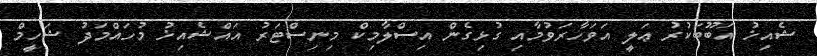
ޝެއިޚު އަބޫބަކުރު ޢަލީ އަވަހާރަވުމާއި ގުޅިގެން އިސްލާމިކް މިނިސްޓަރު އައްޝެއިޚު މުހައްމަދު ޝަހީމް